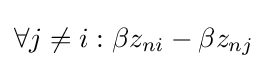
\forall j\neq i:\beta z_{ni}-\beta z_{nj}